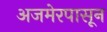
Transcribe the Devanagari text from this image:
अजमेरपासून